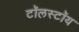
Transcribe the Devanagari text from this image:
टॉलस्‍टॉय